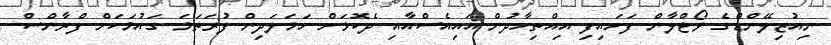
ނިއުޒިލޭންޑްގެ ވޯޓްލާން ފަށައިފި އިއްތިހާދުން އައިއެސްއާއި ދެކޮޅަށް ހަމަލަދިން ފުރަތަމަ ގައުމަކަށް ފްރާންސް